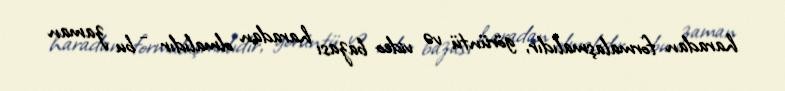
haradan formalaşmalıdır, görüntü və video bazası haradan olmalıdır - bu zaman